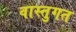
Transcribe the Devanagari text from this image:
वास्तुगत